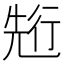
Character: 𠒣